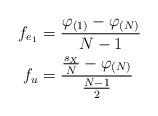
LaTeX: \begin{align*}f_{e_{1}} & =\frac{\varphi_{\left( 1\right) }-\varphi_{\left( N\right)}}{N-1}\\f_{u} & =\frac{\frac{s_{X}}{N}-\varphi_{\left( N\right) }}{\frac{N-1}{2}}\end{align*}